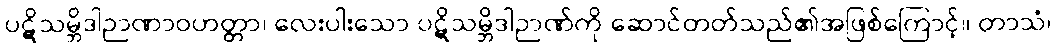
ပဋိသမ္ဘိဒါဉာဏာဝဟတ္တာ၊ လေးပါးသော ပဋိသမ္ဘိဒါဉာဏ်ကို ဆောင်တတ်သည်၏အဖြစ်ကြောင့်။ တာသံ၊